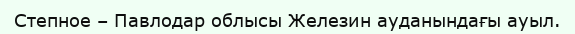
Степное – Павлодар облысы Железин ауданындағы ауыл.